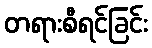
တရားစီရင်ခြင်း